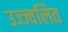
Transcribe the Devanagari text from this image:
उज्ज्वलित